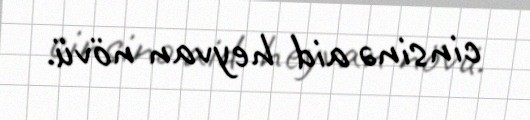
cinsinə aid heyvan növü.